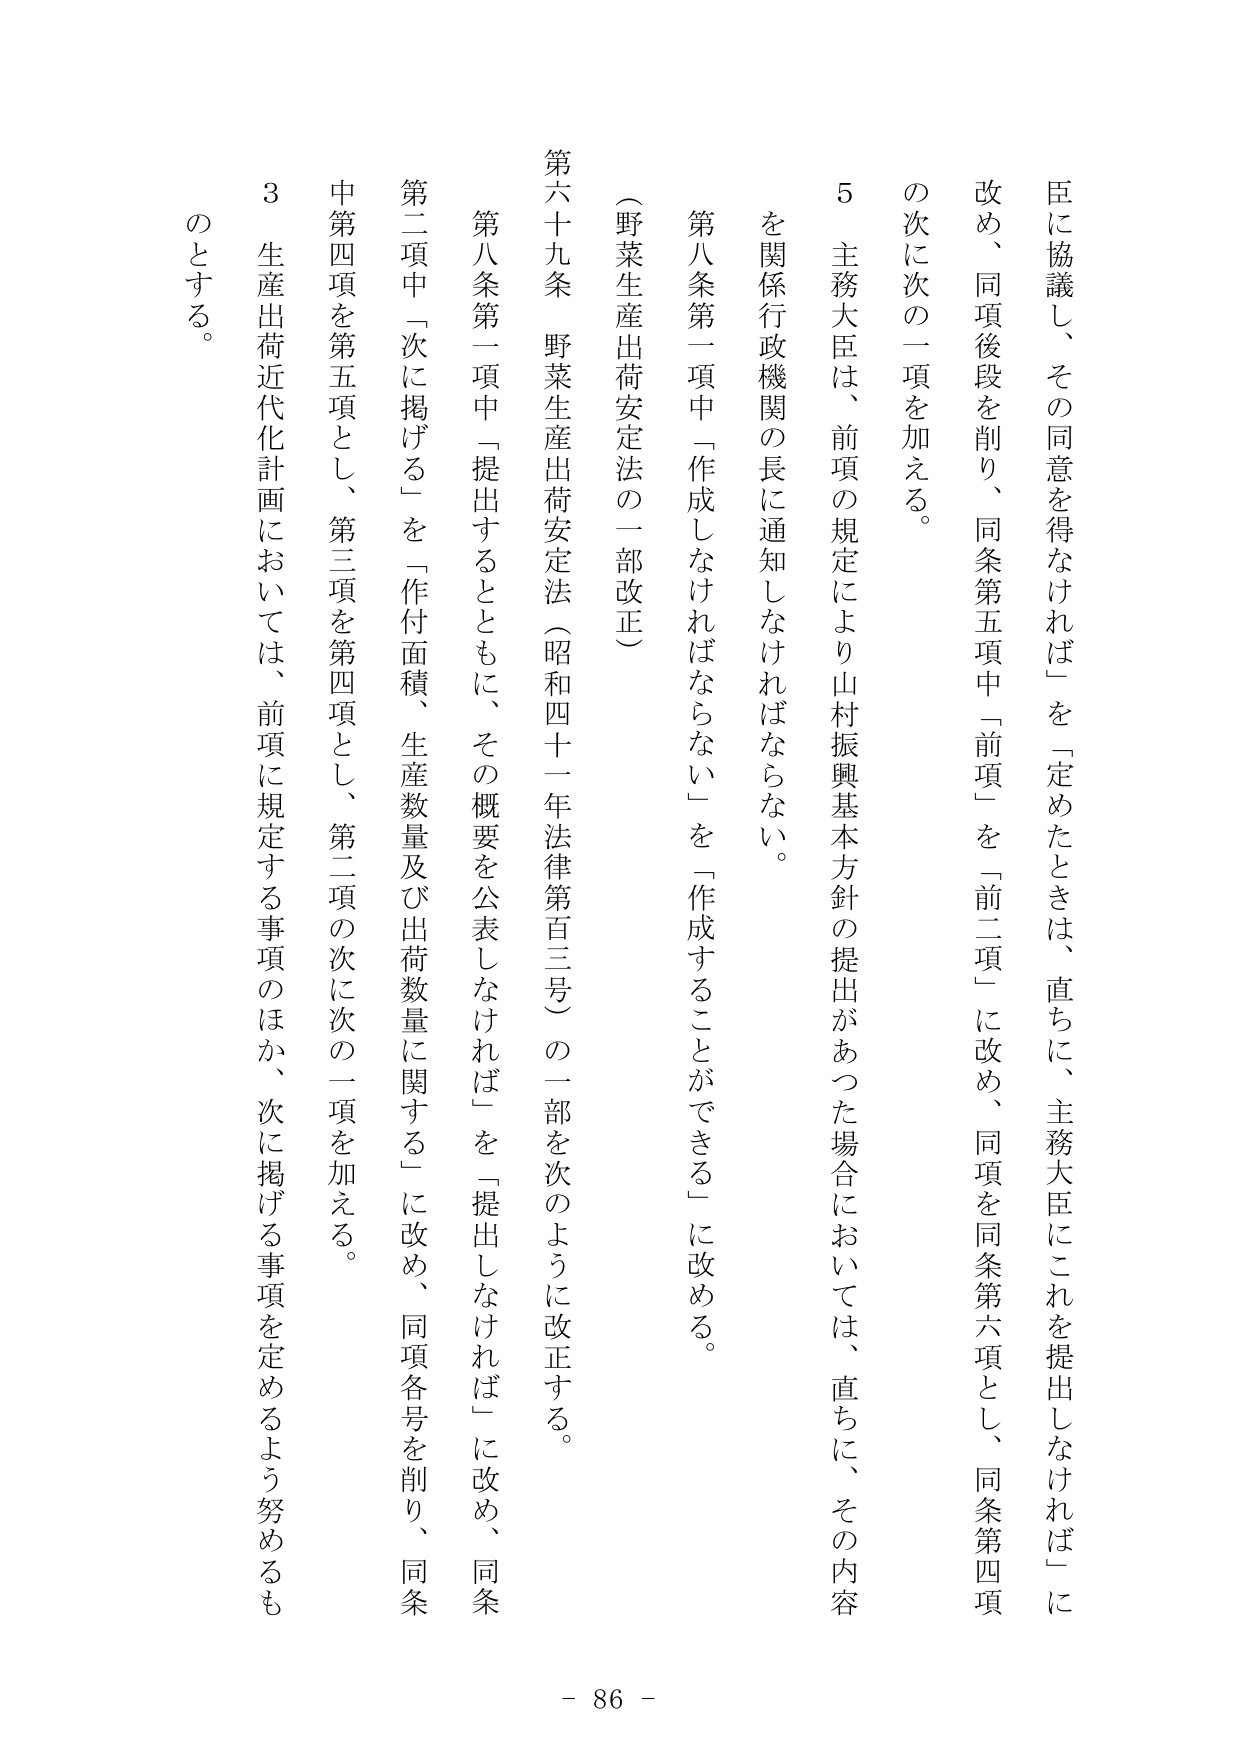
臣に協議し、その同意を得なければ」を「定めたときは、直ちに、主務大臣にこれを提出しなければ」に改め、同項後段を削り、同条第五項中「前項」を「前二項」に改め、同項を同条第六項とし、同条第四項の次に次の二項を加える。

５ 主務大臣は、前項の規定により山村振興基本方針の提出があった場合においては、直ちに、その内容を関係行政機関の長に通知しなければならない。

第八条第一項中「作成しなければならない」を「作成することができる」に改める。

（野菜生産出荷安定法の一部改正）

第六十九条 野菜生産出荷安定法（昭和四十一年法律第百三号）の一部を次のように改正する。

第八条第一項中「提出するとともに、その概要を公表しなければ」を「提出しなければ」に改め、同条第二項中「次に掲げる」を「作付面積、生産数量及び出荷数量に関する」に改め、同項各号を削り、同条中第四項を第五項とし、第三項を第四項とし、第二項の次に次の二項を加える。

３ 生産出荷近代化計画においては、前項に規定する事項のほか、次に掲げる事項を定めるよう努めるものとする。

- 86 -